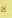
لا